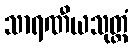
သာရဏီယသုတ္တံ